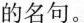
的名句。